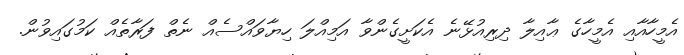
އެމީހާއާއި އެމީހާގެ ޢާއިލާ ދިރިއުޅޭނެ އެކަށީގެންވާ އަމިއްލަ ހިޔާވައްސެއް ނެތް ފަރާތެއް ކަމުގައިވުން.